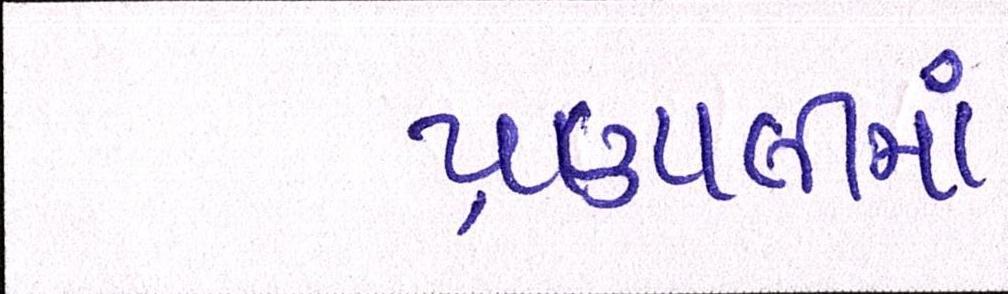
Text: પ્રણાલીમાં